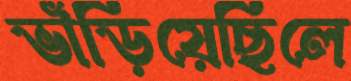
ভাঁড়িয়েছিলে